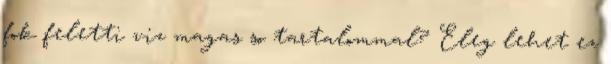
fok feletti viz magas so tartalommal? Eleg lehet ez